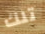
تلك